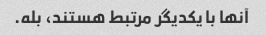
آنها با یکدیگر مرتبط هستند، بله.